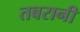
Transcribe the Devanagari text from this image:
तबरानी